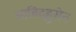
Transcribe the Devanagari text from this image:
आबिदहुसेन